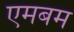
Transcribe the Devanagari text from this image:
एमबम